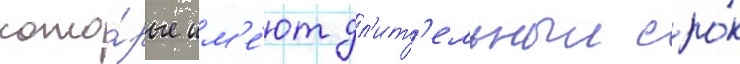
кото́рые им'е́ют дл'ит'ельныи сро́к